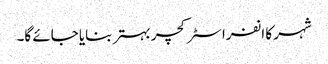
شہر کا انفراسٹرکچر بہتر بنایا جائے گا۔